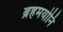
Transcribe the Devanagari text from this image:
ब्रहमयोनि